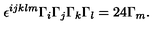
\epsilon ^ { i j k l m } \Gamma _ { i } \Gamma _ { j } \Gamma _ { k } \Gamma _ { l } = 2 4 \Gamma _ { m } .